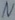
Text: N